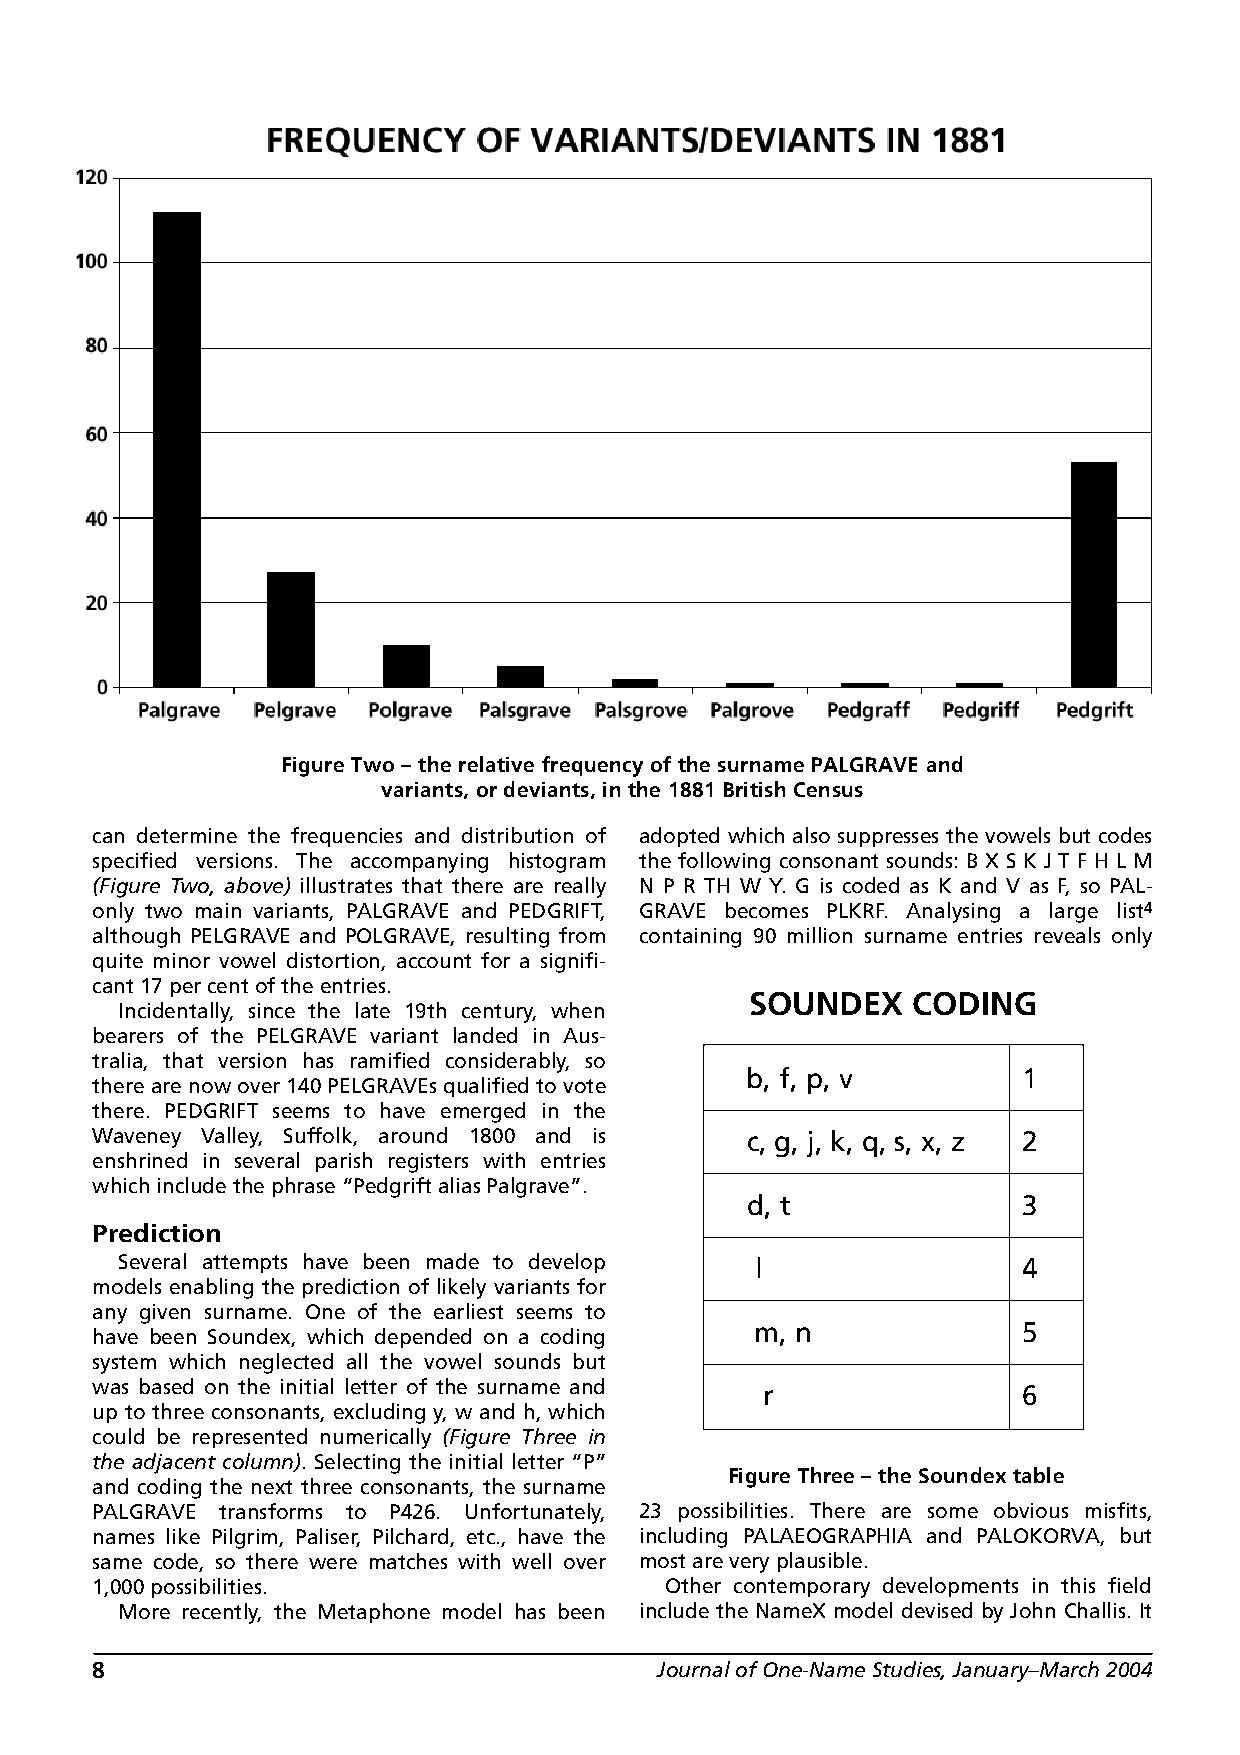
Figure Two – the relative frequency of the surname PALGRAVE and
 variants, or deviants, in the 1881 British Census
 can determine the frequencies and distribution of adopted which also suppresses the vowels but codes
 specified versions. The accompanying histogram the following consonant sounds: B X S K J T F H L M
 (Figure Two, above) illustrates that there are really N P R TH W Y. G is coded as K and V as F, so PAL-
 only two main variants, PALGRAVE and PEDGRIFT, GRAVE becomes PLKRF. Analysing a large list4
 although PELGRAVE and POLGRAVE, resulting from containing 90 million surname entries reveals only
 quite minor vowel distortion, account for a signifi-
 cant 17 per cent of the entries.
 SOUNDEX   CODING
 Incidentally, since the late 19th century, when
 bearers of the PELGRAVE variant landed in Aus-
 tralia, that version has ramified considerably, so
 b, f, p, v         1
 there are now over 140 PELGRAVEs qualified to vote
 there. PEDGRIFT seems to have emerged in the
 Waveney Valley, Suffolk, around 1800 and is c, g, j, k, q, s, x, z 2
 enshrined in several parish registers with entries
 which include the phrase “Pedgrift alias Palgrave”.
 d, t               3
 Prediction
 Several attempts have been made to develop l                4
 models enabling the prediction of likely variants for
 any given surname. One of the earliest seems to
 m, n              5
 have been Soundex, which depended on a coding
 system which neglected all the vowel sounds but
 was based on the initial letter of the surname and r          6
 up to three consonants, excluding y, w and h, which
 could be represented numerically (Figure Three in
 the adjacent column). Selecting the initial letter “P”
 Figure Three – the Soundex table
 and coding the next three consonants, the surname
 PALGRAVE transforms to P426. Unfortunately, 23 possibilities. There are some obvious misfits,
 names like Pilgrim, Paliser, Pilchard, etc., have the including PALAEOGRAPHIA and PALOKORVA, but
 same code, so there were matches with well over most are very plausible.
 1,000 possibilities.                  Other contemporary developments in this field
 More recently, the Metaphone model has been include the NameX model devised by John Challis. It
 8                                     Journal of One-Name Studies, January–March 2004